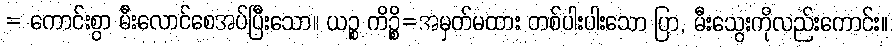
= ကောင်းစွာ မီးလောင်စေအပ်ပြီးသော။ ယဉ္စ ကိဉ္စိ=အမှတ်မထား တစ်ပါးပါးသော ပြာ, မီးသွေးကိုလည်းကောင်း။